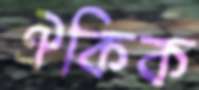
ঐকিক